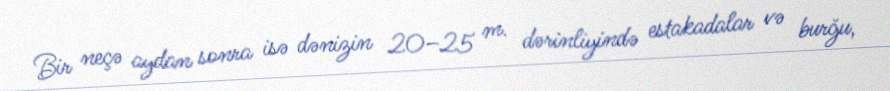
Bir neçə aydan sonra isə dənizin 20–25 m. dərinliyində estakadalar və burğu,